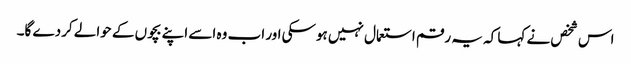
اس شخص نے کہا کہ یہ رقم استعمال نہیں ہوسکی اور اب وہ اسے اپنے بچوں کے حوالے کردے گا۔